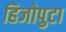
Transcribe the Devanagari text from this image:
हिजोपुटा